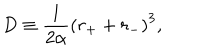
D \equiv \frac { 1 } { 2 \alpha } \left( r _ { + } + r _ { - } \right) ^ { 3 } ,